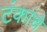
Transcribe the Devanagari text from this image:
टंकांचे